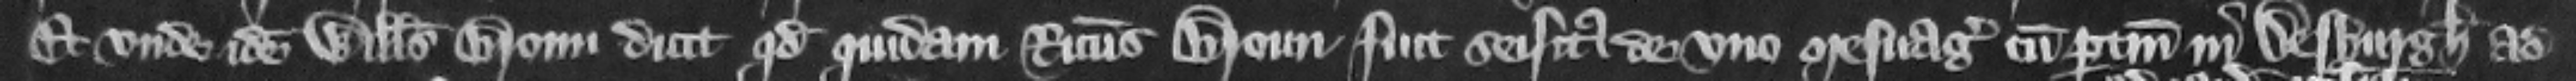
Et vnde idem Willelmus Broun dicit quod quidam Ricardus Broun fuit seisitus de no mesuagio cum pertinencis in Desburgh ad